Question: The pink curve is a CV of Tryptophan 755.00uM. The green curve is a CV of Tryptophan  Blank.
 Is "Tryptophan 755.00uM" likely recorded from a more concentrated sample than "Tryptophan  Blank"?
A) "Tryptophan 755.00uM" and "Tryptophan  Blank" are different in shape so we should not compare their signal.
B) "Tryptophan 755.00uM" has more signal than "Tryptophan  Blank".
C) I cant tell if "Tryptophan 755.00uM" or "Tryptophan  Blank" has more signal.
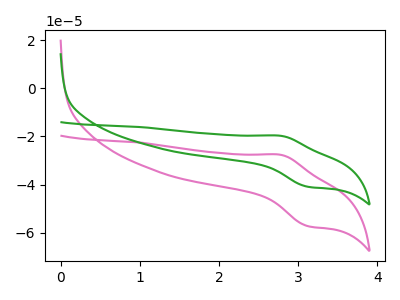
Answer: <think>The pink curve "Tryptophan 755.00uM" has an anodic peak at (2.80V, -27.65uA) and a cathodic peak at (3.10V, -57.20uA). The green curve "Tryptophan  Blank" has an anodic peak at (2.80V, -19.75uA) and a cathodic peak at (3.10V, -40.85uA).
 All the peaks in "Tryptophan 755.00uM" have a peak in "Tryptophan  Blank" at the same potential.</think>
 <answer>C) I cant tell if "Tryptophan 755.00uM" or "Tryptophan  Blank" has more signal.</answer>
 <eval>C</eval>